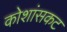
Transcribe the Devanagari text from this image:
कोशांसकट